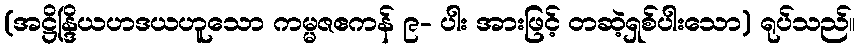
(အဋ္ဌိန္ဒြိယဟဒယဟူသော ကမ္မဇဧကန် ၉- ပါး အားဖြင့် တဆဲ့ရှစ်ပါးသော) ရုပ်သည်။